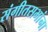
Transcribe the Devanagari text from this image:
संगीतसभांना